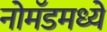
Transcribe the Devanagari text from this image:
नोमॅडमध्ये